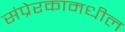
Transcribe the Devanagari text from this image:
संप्रेरकामधील